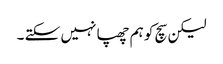
لیکن سچ کو ہم چھپا نہیں سکتے ۔